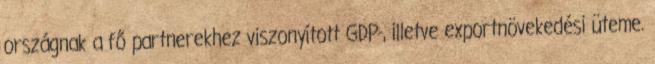
országnak a fő partnerekhez viszonyított GDP-, illetve exportnövekedési üteme.